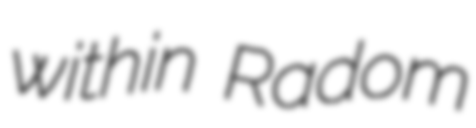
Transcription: within Radom